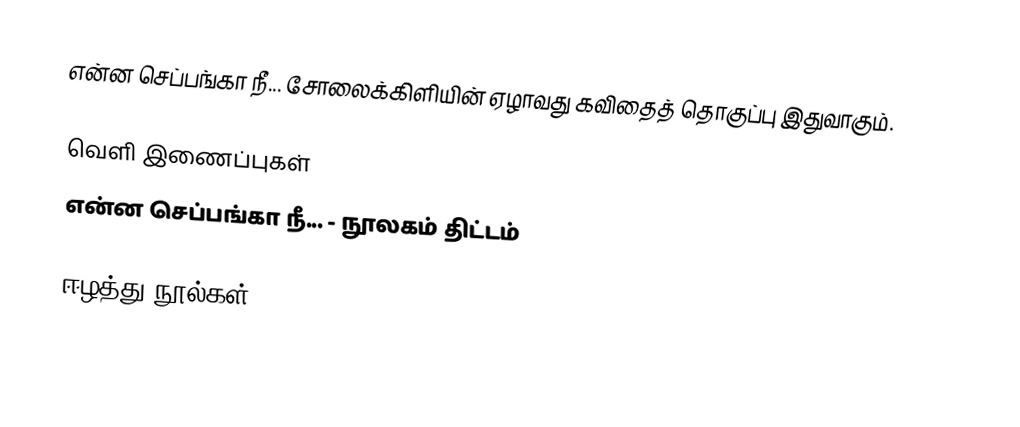
என்ன செப்பங்கா நீ... சோலைக்கிளியின் ஏழாவது கவிதைத் தொகுப்பு இதுவாகும்.

வெளி இணைப்புகள்
 என்ன செப்பங்கா நீ... - நூலகம் திட்டம்

ஈழத்து நூல்கள்